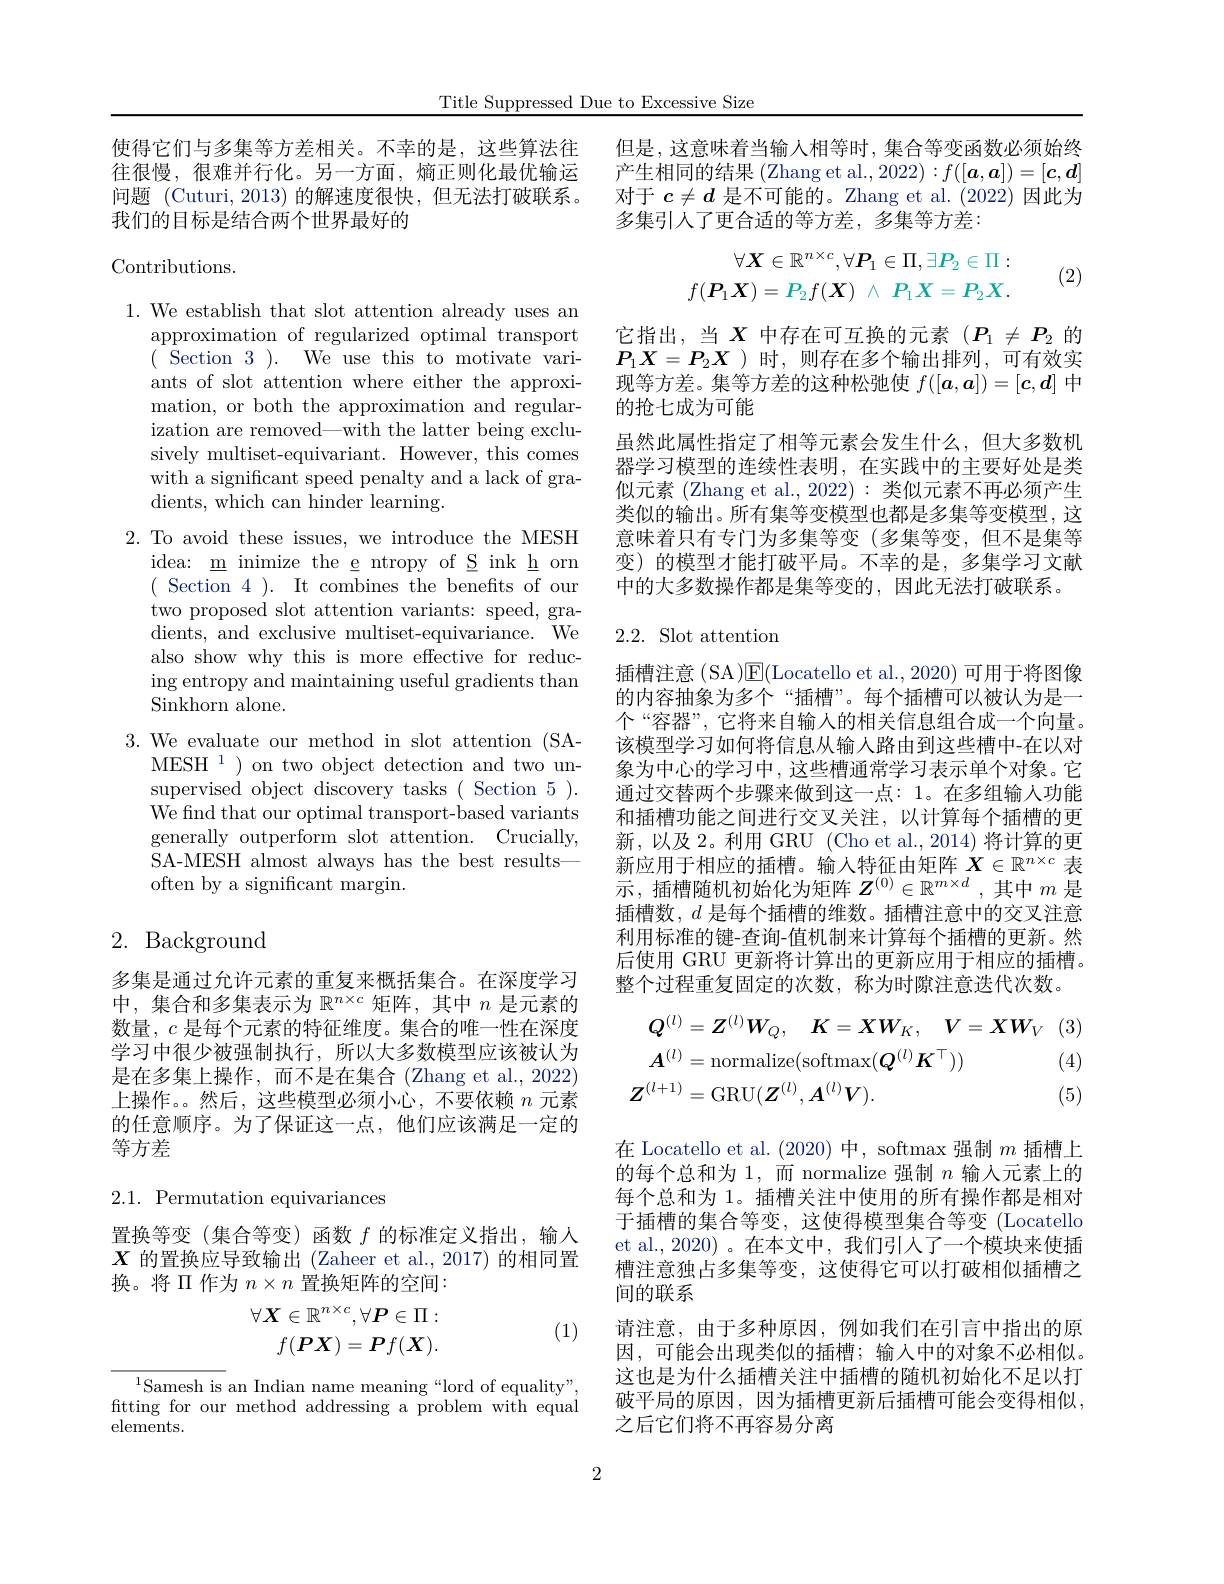
Title Suppressed Due to Excessive Size

使得它们与多集等方差相关。不幸的是，这些算法往 但是，这意味着当输人相等时，集合等变函数必须始终
往很慢，很难并行化。另一方面，熵正则化最优输运问题 (Cuturi, 2013) 的解速度很快，但无法打破联系。我们的目标是结合两个世界最好的

Contributions.

1. We establish that slot attention already uses an
approximation of regularized optimal transport ( Section 3 ). We use this to motivate variants of slot attention where either the approximation, or both the approximation and regularization are removed—with the latter being exclusively multiset-equivariant. However, this comes with a significant speed penalty and a lack of gradients, which can hinder learning.
2. To avoid these issues, we introduce the MESH
idea: m inimize the e ntropy of S ink h orn ( Section 4 ). It combines the benefits of our two proposed slot attention variants: speed, gradients, and exclusive multiset-equivariance. We also show why this is more effective for reducing entropy and maintaining useful gradients than Sinkhorn alone.
3. We evaluate our method in slot attention (SA-
MESH$^{1}$)on two object detection and two unsupervised object discovery tasks ( Section 5 ). We find that our optimal transport-based variants generally outperform slot attention. Crucially, SA-MESH almost always has the best resultsoften by a significant margin.

## 2. Background

多集是通过允许元素的重复来概括集合。在深度学习中，集合和多集表示为$\mathbb{R}^n\times c$矩阵，其中$n$是元素的数量，$c$是每个元素的特征维度。集合的唯一性在深度学习中很少被强制执行，所以大多数模型应该被认为是在多集上操作，而不是在集合 (Zhang et al., 2022) 上操作。然后，这些模型必须小心，不要依赖$n$元素的任意顺序。为了保证这一点，他们应该满足一定的等方差

$2.1.{\mathrm{~Permutation~equivariances}}$

置换等变(集合等变)函数$f$的标准定义指出，输入$X$的置换应导致输出 (Zaheer et al.,2017) 的相同置换。将 II 作为$n\times n$置换矩阵的空间：
$$\forall\boldsymbol{X}\in\mathbb{R}^{n\times c},\forall\boldsymbol{P}\in\Pi:\\f(\boldsymbol{PX})=\boldsymbol{P}f(\boldsymbol{X}).$$
(1)

$^{1}$Samesh is an Indian name meaning“lord of equality”, fitting for our method addressing a problem with equal elements.

产生相同的结果 (Zhang et al., 2022) : f([a,a])=[c,d] 对于$c\neq d$是不可能的。Zhang et al.(2022)因此为多集引入了更合适的等方差，多集等方差：

(2)
$$\forall\boldsymbol{X}\in\mathbb{R}^{n\times c},\forall\boldsymbol{P}_1\in\Pi,\exists\boldsymbol{P}_2\in\Pi:\\f(\boldsymbol{P}_{1}\boldsymbol{X})=P_{2}f(\boldsymbol{X})\:\wedge\:P_{1}\boldsymbol{X}=P_{2}\boldsymbol{X}.$$
它指出，当$X$ 中存在可互换的元素($P_1\neq P_2$ 的$P_1X=P_2X$ )时，则存在多个输出排列，可有效实现等方差。集等方差的这种松弛使$f([\boldsymbol{a},\boldsymbol{a}])=[\boldsymbol{c},\boldsymbol{d}]$中的抢七成为可能
虽然此属性指定了相等元素会发生什么，但大多数机器学习模型的连续性表明，在实践中的主要好处是类似元素 (Zhang et al., 2022) : 类似元素不再必须产生类似的输出。所有集等变模型也都是多集等变模型，这意味着只有专门为多集等变(多集等变，但不是集等变)的模型才能打破平局。不幸的是，多集学习文献中的大多数操作都是集等变的，因此无法打破联系。

## 2.2. Slot attention

插槽注意(SA)$\operatorname{E}($Locatello et al.,2020)可用于将图像的内容抽象为多个“插槽”。每个插槽可以被认为是一个“容器”,它将来自输入的相关信息组合成一个向量。该模型学习如何将信息从输入路由到这些槽中-在以对象为中心的学习中，这些槽通常学习表示单个对象。它通过交替两个步骤来做到这一点：1。在多组输人功能和插槽功能之间进行交叉关注，以计算每个插槽的更新，以及 2。利用 GRU (Cho et al., 2014) 将计算的更新应用于相应的插槽。输入特征由矩阵$X\in\mathbb{R}^n\times c$表示，插槽随机初始化为矩阵$Z^(0)\in\mathbb{R}^{m\times d}$,其中$m$是插槽数，$d$是每个插槽的维数。插槽注意中的交叉注意利用标准的键-查询-值机制来计算每个插槽的更新。然后使用 GRU 更新将计算出的更新应用于相应的插槽。整个过程重复固定的次数，称为时隙注意迭代次数。
$$\begin{aligned}&\boldsymbol{Q}^{(l)}=\boldsymbol{Z}^{(l)}\boldsymbol{W}_{Q},\quad\boldsymbol{K}=\boldsymbol{X}\boldsymbol{W}_{K},\quad\boldsymbol{V}=\boldsymbol{X}\boldsymbol{W}_{V}\\&\boldsymbol{A}^{(l)}=\mathrm{normalize}(\mathrm{softmax}(\boldsymbol{Q}^{(l)}\boldsymbol{K}^{\top}))&\text{(}\\&\boldsymbol{Z}^{(l+1)}=\mathrm{GRU}(\boldsymbol{Z}^{(l)},\boldsymbol{A}^{(l)}\boldsymbol{V}).&\text{(}\end{aligned}$$
(4)

(5)

在 Locatello et al. (2020)中，softmax 强制$m$插槽上的每个总和为 1,而 normalize 强制$n$输入元素上的每个总和为 1。插槽关注中使用的所有操作都是相对于插槽的集合等变，这使得模型集合等变 (Locatello et al.,2020)。在本文中，我们引人了一个模块来使插槽注意独占多集等变，这使得它可以打破相似插槽之间的联系
请注意，由于多种原因，例如我们在引言中指出的原因，可能会出现类似的插槽；输入中的对象不必相似。这也是为什么插槽关注中插槽的随机初始化不足以打破平局的原因，因为插槽更新后插槽可能会变得相似， 之后它们将不再容易分离

2